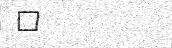
٨